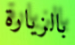
بالزيارة